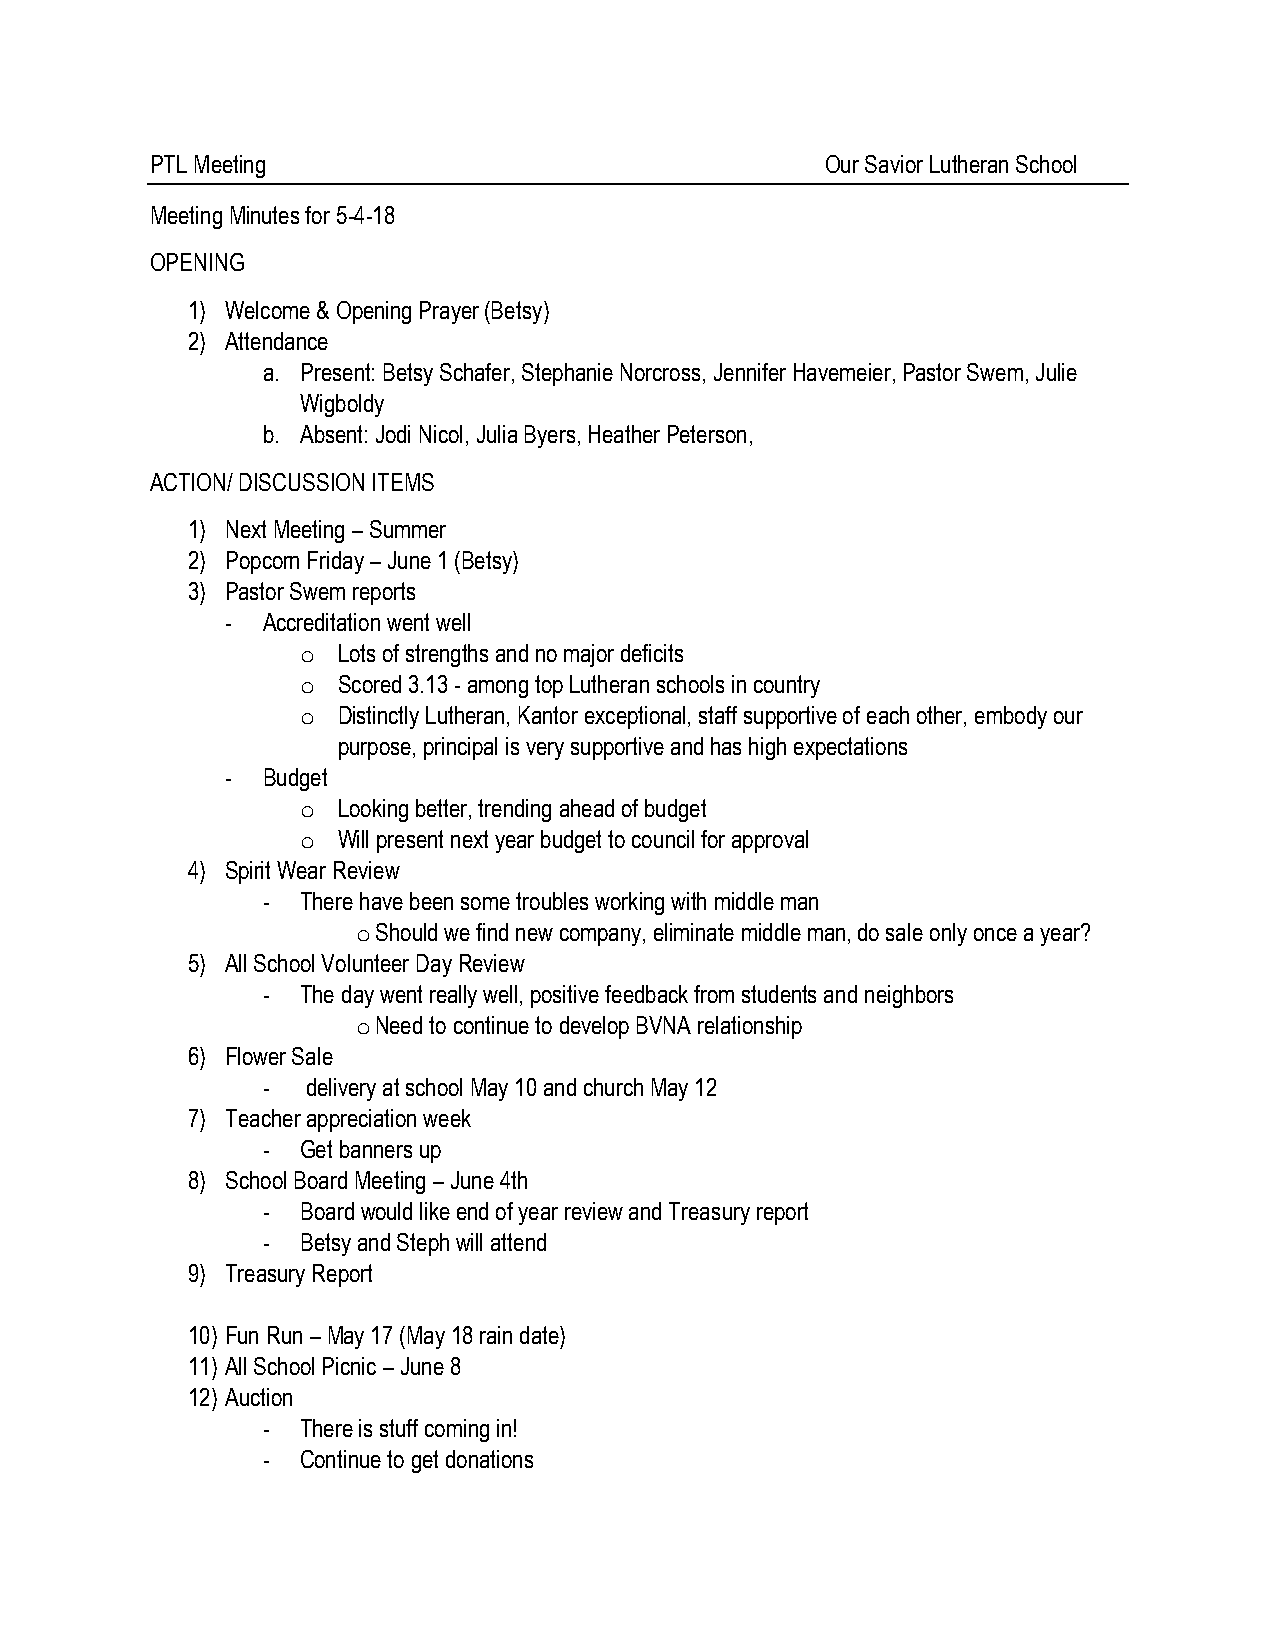
PTL Meeting                                  Our Savior Lutheran School
 Meeting Minutes for 5-4-18
 OPENING
 1) Welcome & Opening Prayer (Betsy)
 2) Attendance
 a. Present: Betsy Schafer, Stephanie Norcross, Jennifer Havemeier, Pastor Swem, Julie
 Wigboldy
 b. Absent: Jodi Nicol, Julia Byers, Heather Peterson,
 ACTION/ DISCUSSION ITEMS
 1) Next Meeting – Summer
 2) Popcorn Friday – June 1 (Betsy)
 3) Pastor Swem reports
 - Accreditation went well
 o Lots of strengths and no major deficits
 o Scored 3.13 - among top Lutheran schools in country
 o Distinctly Lutheran, Kantor exceptional, staff supportive of each other, embody our
 purpose, principal is very supportive and has high expectations
 - Budget
 o Looking better, trending ahead of budget
 o Will present next year budget to council for approval
 4) Spirit Wear Review
 -  There have been some troubles working with middle man
 o Should we find new company, eliminate middle man, do sale only once a year?
 5) All School Volunteer Day Review
 -  The day went really well, positive feedback from students and neighbors
 o Need to continue to develop BVNA relationship
 6) Flower Sale
 -  delivery at school May 10 and church May 12
 7) Teacher appreciation week
 -  Get banners up
 8) School Board Meeting – June 4th
 -  Board would like end of year review and Treasury report
 -  Betsy and Steph will attend
 9) Treasury Report
 10) Fun Run – May 17 (May 18 rain date)
 11) All School Picnic – June 8
 12) Auction
 -  There is stuff coming in!
 -  Continue to get donations